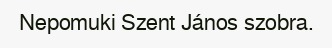
Nepomuki Szent János szobra.